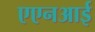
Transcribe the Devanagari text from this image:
एएनआई